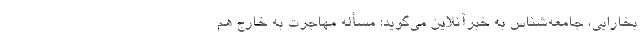
بخارایی، جامعه‌شناس به خبرآنلاین می‌گوید: مسأله مهاجرت به خارج هم